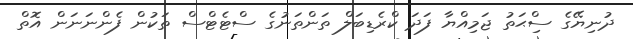
ދުނިޔޭގެ ސިްޙަތު ޖަމިއްޔާ ފަދަ ކްރެޑިބަލް ތަންތަނުގެ ސްޓެޓްސް ތަކުން ފެންނަނަން އޮތް